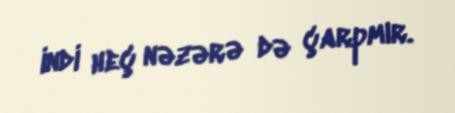
indi heç nəzərə də çarpmır.